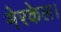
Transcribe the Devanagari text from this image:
मेरकेल।